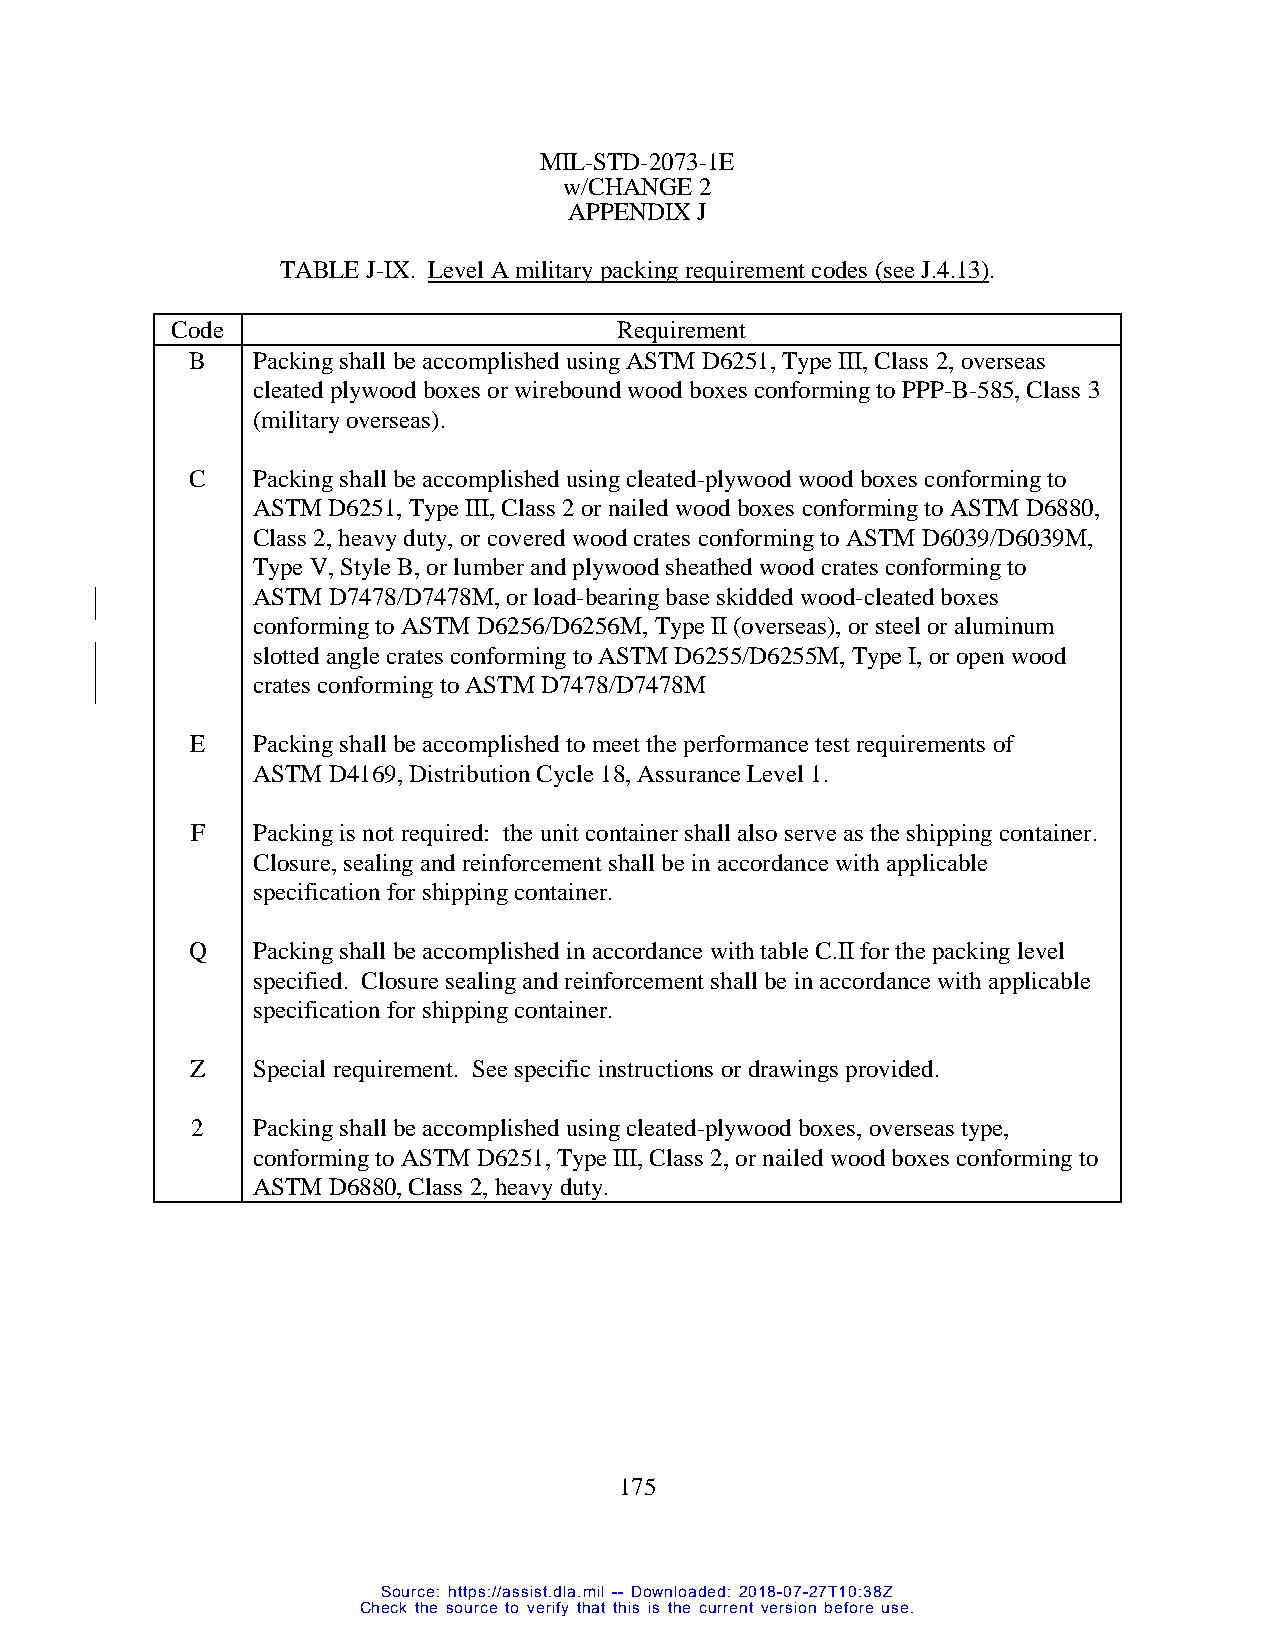
MIL-STD-2073-1E
 w/CHANGE 2
 APPENDIX J
 TABLE J-IX. Level A military packing requirement codes (see J.4.13).
 Code                          Requirement
 B   Packing shall be accomplished using ASTM D6251, Type III, Class 2, overseas
 cleated plywood boxes or wirebound wood boxes conforming to PPP-B-585, Class 3
 (military overseas).
 C   Packing shall be accomplished using cleated-plywood wood boxes conforming to
 ASTM D6251, Type III, Class 2 or nailed wood boxes conforming to ASTM D6880,
 Class 2, heavy duty, or covered wood crates conforming to ASTM D6039/D6039M,
 Type V, Style B, or lumber and plywood sheathed wood crates conforming to
 ASTM D7478/D7478M, or load-bearing base skidded wood-cleated boxes
 conforming to ASTM D6256/D6256M, Type II (overseas), or steel or aluminum
 slotted angle crates conforming to ASTM D6255/D6255M, Type I, or open wood
 crates conforming to ASTM D7478/D7478M
 E   Packing shall be accomplished to meet the performance test requirements of
 ASTM D4169, Distribution Cycle 18, Assurance Level 1.
 F   Packing is not required: the unit container shall also serve as the shipping container.
 Closure, sealing and reinforcement shall be in accordance with applicable
 specification for shipping container.
 Q    Packing shall be accomplished in accordance with table C.II for the packing level
 specified. Closure sealing and reinforcement shall be in accordance with applicable
 specification for shipping container.
 Z   Special requirement. See specific instructions or drawings provided.
 2   Packing shall be accomplished using cleated-plywood boxes, overseas type,
 conforming to ASTM D6251, Type III, Class 2, or nailed wood boxes conforming to
 ASTM D6880, Class 2, heavy duty.
 175
 Source: https://assist.dla.mil -- Downloaded: 2018-07-27T10:38Z
 Check the source to verify that this is the current version before use.